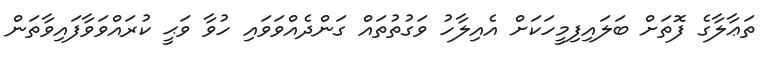
ތަޢާލާގެ ފޮތަށް ބަލައިފިމީހަކަށް އެއިލާހު ވަގުތުތައް ގަންދެއްވަވައި ހުވާ ވަޙީ ކުރައްވަވާފައިވާތަން